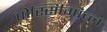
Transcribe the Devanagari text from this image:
पोस्सिम्पिब्ल